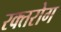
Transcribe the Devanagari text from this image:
रक्तरोग